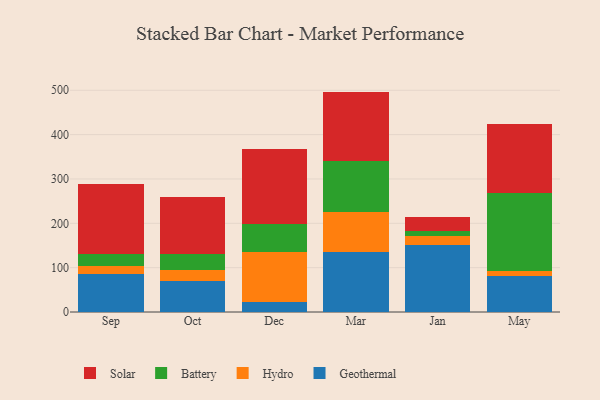
{"axis": {"x": "Month", "y": "LTV (USD)"}, "legend": ["Battery", "Geothermal", "Hydro", "Solar"], "data": [{"x": "Sep", "y": 86.5, "type": "Geothermal"}, {"x": "Sep", "y": 17.7, "type": "Hydro"}, {"x": "Sep", "y": 27.7, "type": "Battery"}, {"x": "Sep", "y": 157.3, "type": "Solar"}, {"x": "Oct", "y": 68.8, "type": "Geothermal"}, {"x": "Oct", "y": 26.4, "type": "Hydro"}, {"x": "Oct", "y": 36.5, "type": "Battery"}, {"x": "Oct", "y": 127.2, "type": "Solar"}, {"x": "Dec", "y": 22.1, "type": "Geothermal"}, {"x": "Dec", "y": 114.3, "type": "Hydro"}, {"x": "Dec", "y": 61.2, "type": "Battery"}, {"x": "Dec", "y": 169.1, "type": "Solar"}, {"x": "Mar", "y": 134.8, "type": "Geothermal"}, {"x": "Mar", "y": 90.9, "type": "Hydro"}, {"x": "Mar", "y": 114.4, "type": "Battery"}, {"x": "Mar", "y": 156.9, "type": "Solar"}, {"x": "Jan", "y": 151.0, "type": "Geothermal"}, {"x": "Jan", "y": 19.7, "type": "Hydro"}, {"x": "Jan", "y": 11.3, "type": "Battery"}, {"x": "Jan", "y": 33.1, "type": "Solar"}, {"x": "May", "y": 81.7, "type": "Geothermal"}, {"x": "May", "y": 10.0, "type": "Hydro"}, {"x": "May", "y": 176.8, "type": "Battery"}, {"x": "May", "y": 154.8, "type": "Solar"}]}